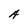
Character: A